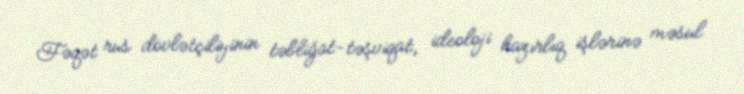
Fəqət rus dövlətçiliyinin təbliğat-təşviqat, ideoloji hazırlıq işlərinə məsul